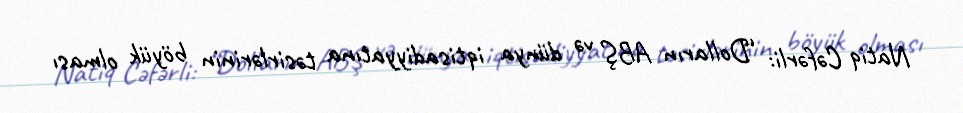
Natiq Cəfərli: “Dolların ABŞ və dünya iqtisadiyyatına təsirlərinin böyük olması